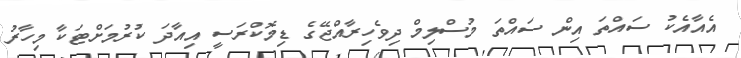
އެއާއެކު ސައްތަ އިން ސައްތަ މުސްލިމް ދިވެހިރާއްޖޭގެ ޑިމޮކްރަސީ އިއާދަ ކުރުމަށްޓަކާ މިހާރު